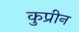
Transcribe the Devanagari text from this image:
कुप्रीन